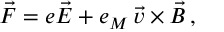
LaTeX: \vec { F } = e \vec { E } + e _ { M } \, \vec { v } \times \vec { B } \, ,